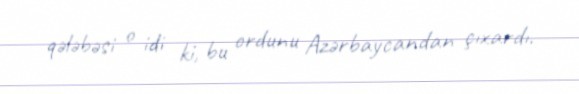
qələbəsi o idi ki, bu ordunu Azərbaycandan çıxardı.